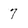
Character: 7